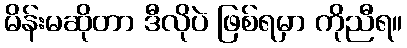
မိန်းမဆိုတာ ဒီလိုပဲ ဖြစ်ရမှာ ကိုညီရ။